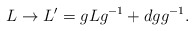
\begin{align*}L\rightarrow L'=gLg^{-1}+dgg^{-1}. \end{align*}